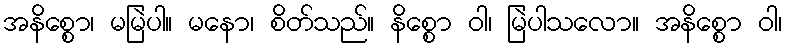
အနိစ္စော၊ မမြဲပါ။ မနော၊ စိတ်သည်။ နိစ္စော ဝါ၊ မြဲပါသလော။ အနိစ္စော ဝါ၊